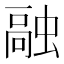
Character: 𫋊